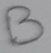
Text: B